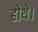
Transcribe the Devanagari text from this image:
होथे।